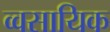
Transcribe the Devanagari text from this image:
व्वसायिक